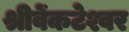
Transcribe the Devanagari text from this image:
श्रीवेंकटेश्वर